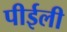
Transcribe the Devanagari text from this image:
पीईली